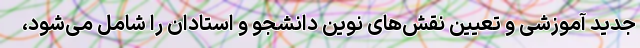
جدید آموزشی و تعیین نقش‌های نوین دانشجو و استادان را شامل می‌شود،